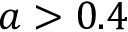
a > 0 . 4